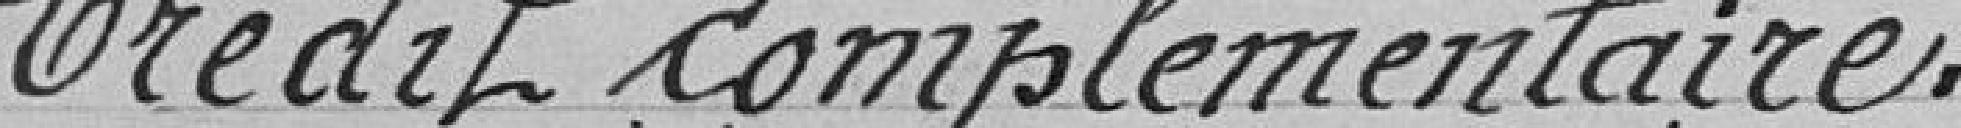
Crédit complémentaire